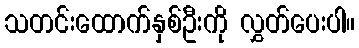
သတင်းထောက်နှစ်ဦးကို လွှတ်ပေးပါ။